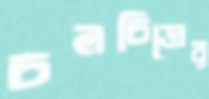
চলচিত্রের